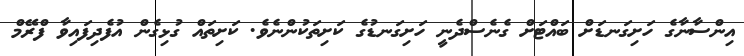
އިންސާނާގެ ހަށިގަނޑަށް ބައްޓަށް ގެނެސްދެނީ ހަށިގަނޑުގެ ކަށިތަކުންނެވެ. ކަށިތައް ގުޅިގެން އުފެދިފައިވާ ފްރޭމް